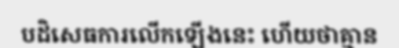
បដិសេធការលើកឡើងនេះ ហើយថាគ្មាន